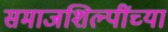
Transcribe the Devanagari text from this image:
समाजशिल्पींच्या